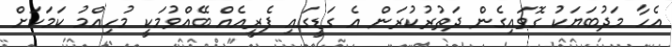
އެހާ މަދުބަޔަކު ގޮވައިގެން ދަތުރުކުރަން އެ ގަޑީގައި ފެރީއެއް ބޭއްވުމަކީ މުހިއްމު ކަމަކަށް